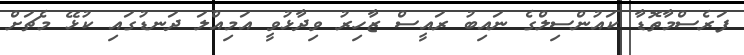
ފަރެސްމާތޮޑާ ކައުންސިލްގެ ނައިބު ރައީސް ޒާހިރު ވިދާޅުވީ އަމިއްލަ ދަނޑުގައި ކުޅޭ މެޗަށް